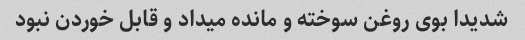
شدیدا بوی روغن سوخته و مانده میداد و قابل خوردن نبود